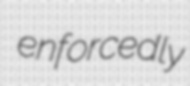
enforcedly